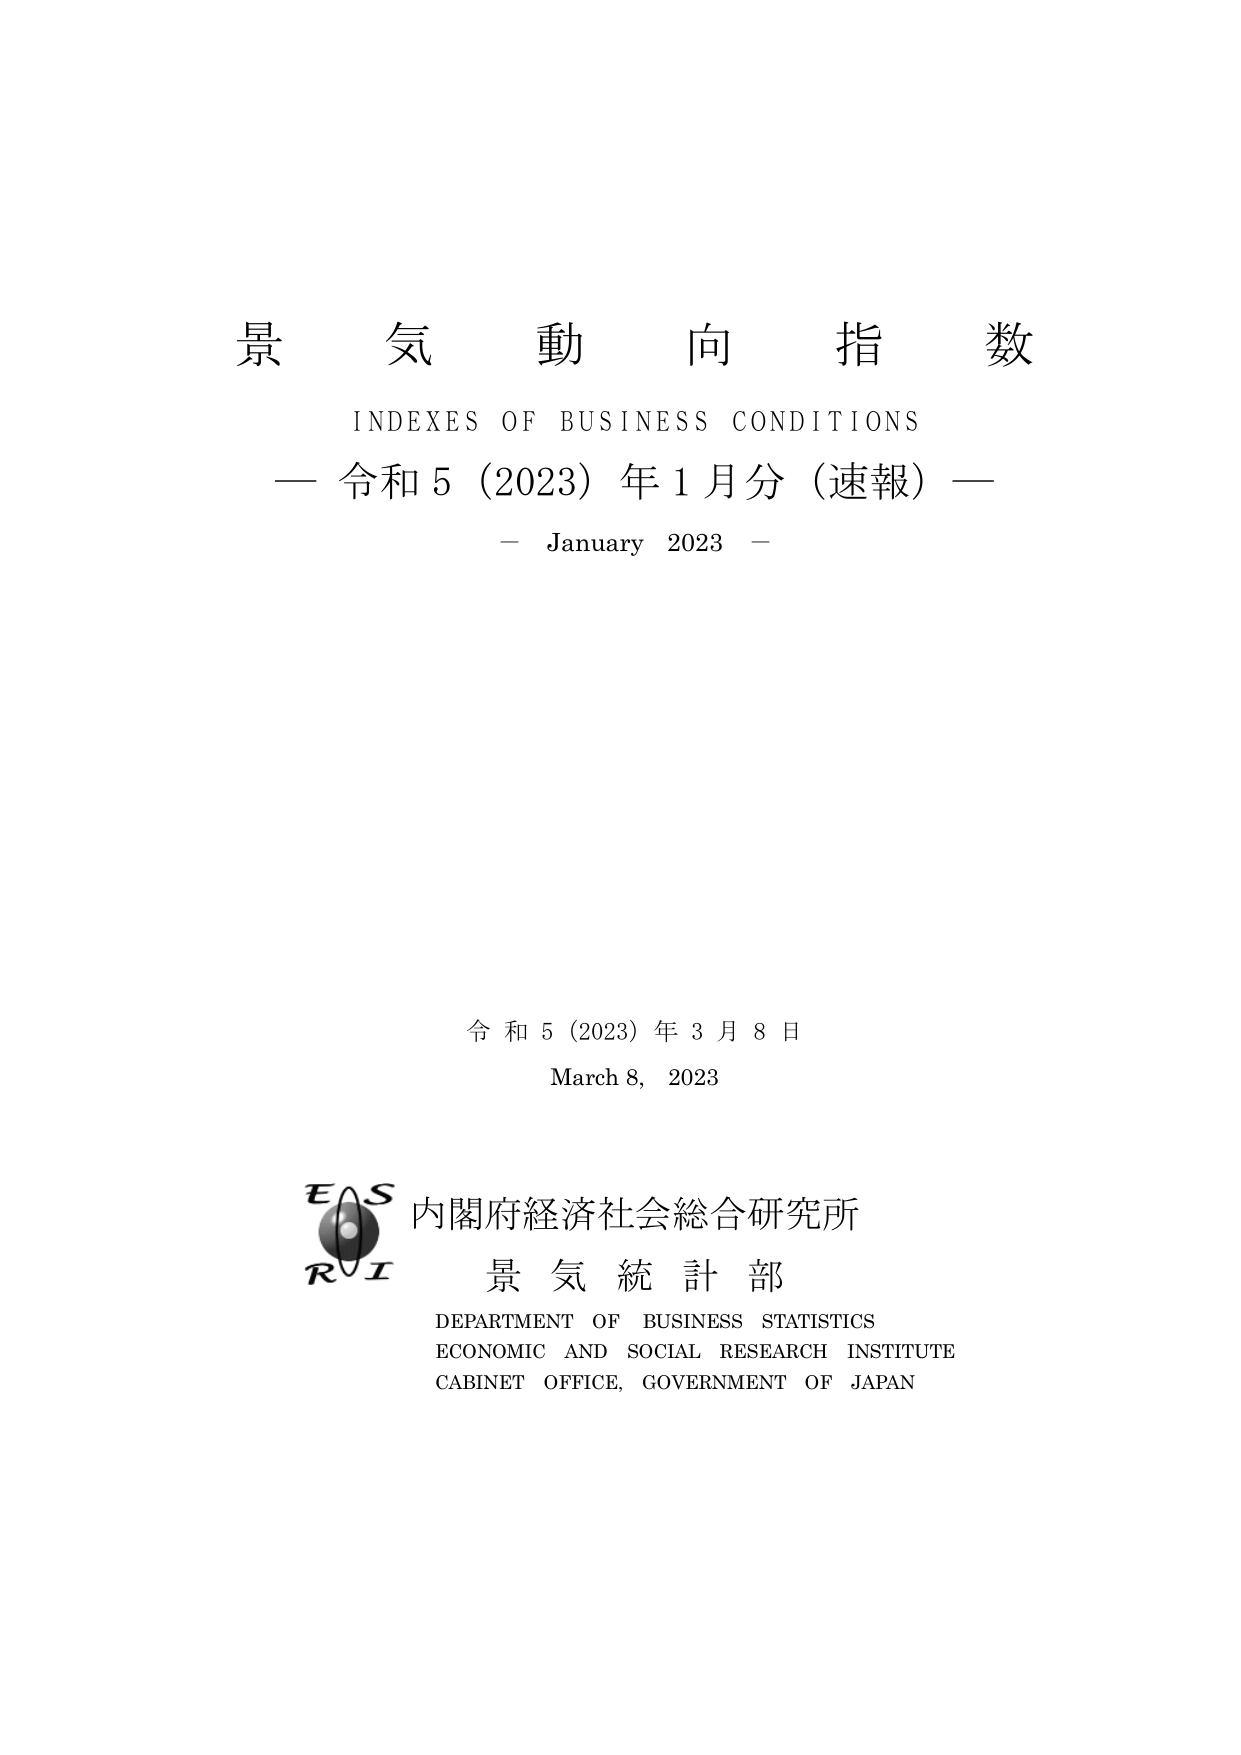
景気動向指数
INDEXES OF BUSINESS CONDITIONS
— 令和5（2023）年1月分（速報） —
— January 2023 —

令和5（2023）年3月8日
March 8, 2023

E S
内閣府経済社会総合研究所
R I
景気統計部
DEPARTMENT OF BUSINESS STATISTICS
ECONOMIC AND SOCIAL RESEARCH INSTITUTE
CABINET OFFICE, GOVERNMENT OF JAPAN